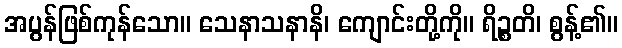
အပွန်ဖြစ်ကုန်သော။ သေနာသနာနိ၊ ကျောင်းတို့ကို။ ရိဉ္စတိ၊ စွန့်၏။